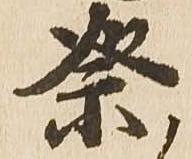
祭